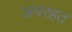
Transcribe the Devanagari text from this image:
अपरहत